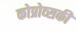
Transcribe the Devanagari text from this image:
कोप्रोव्सकी